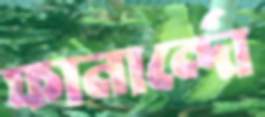
ফানার্ন্দো